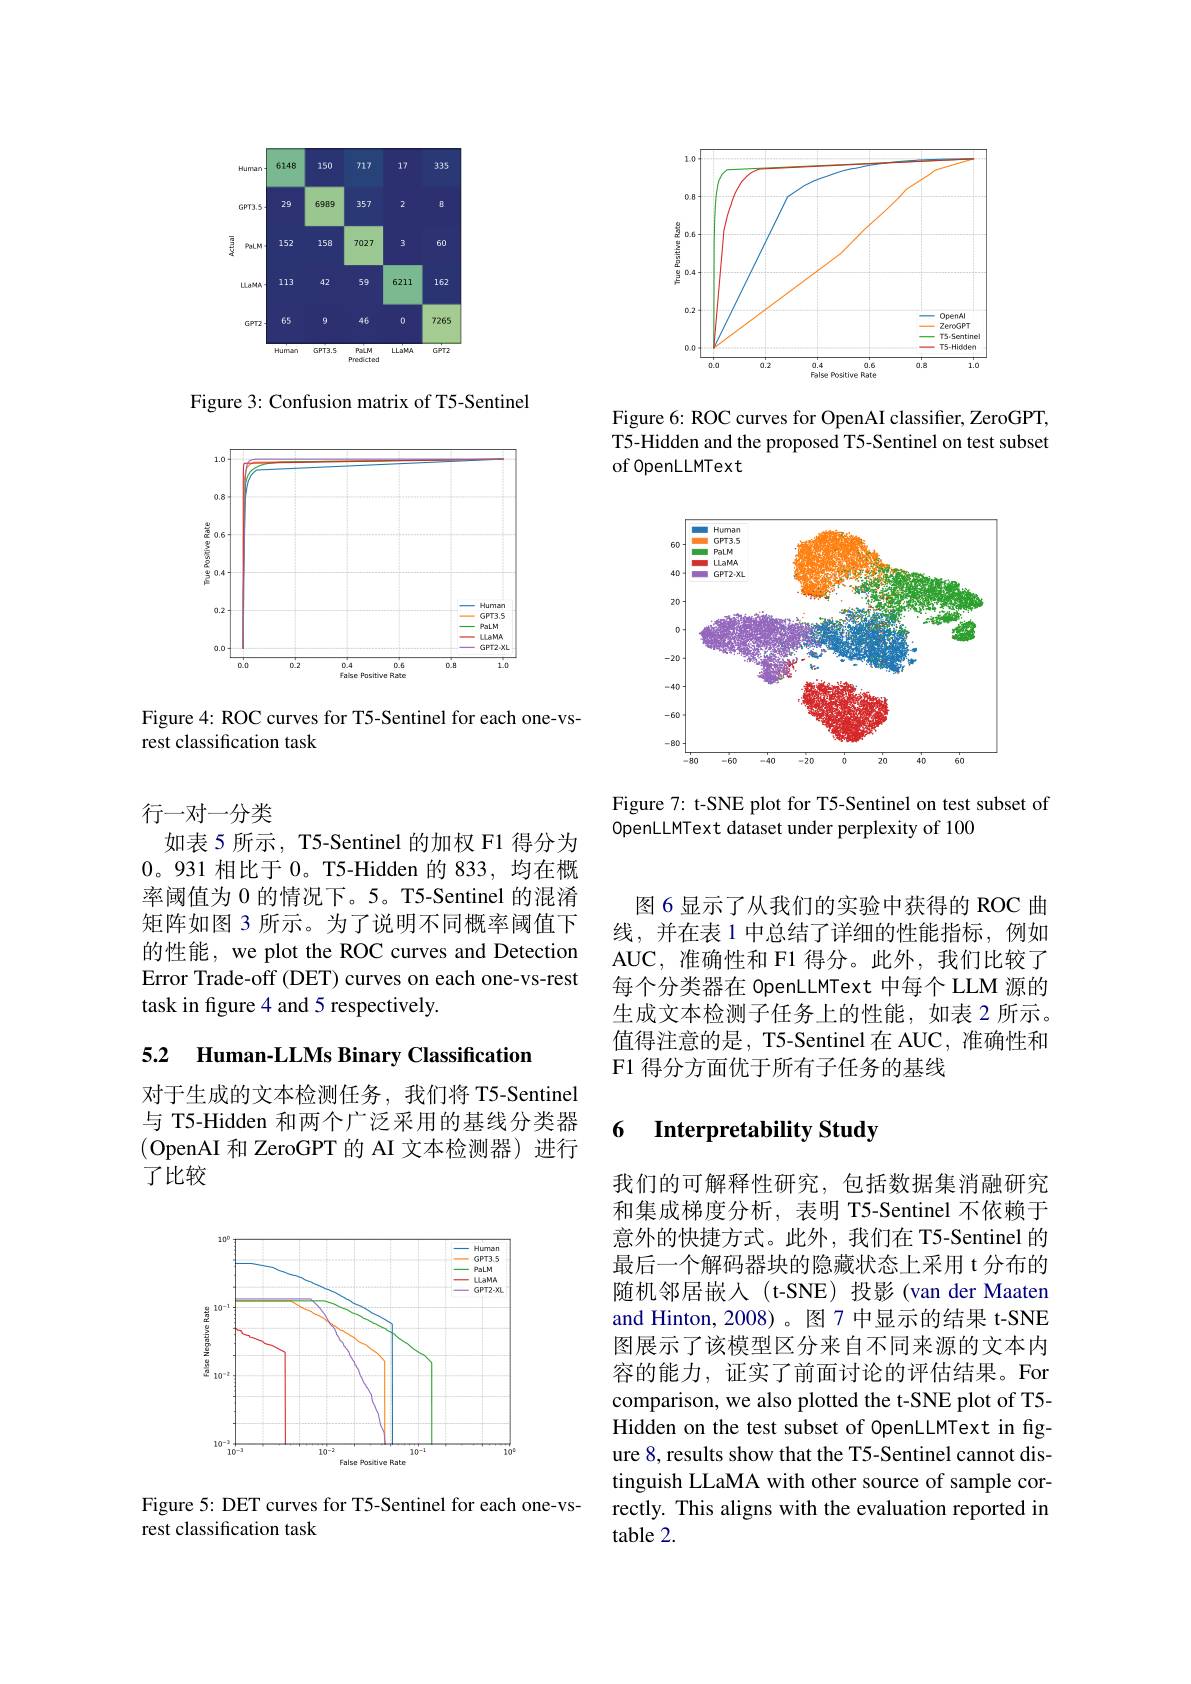
<FigureHere>

Figure 3: Confusion matrix of T5-Sentinel

<FigureHere>

Figure 4: ROC curves for T5-Sentinel for each one-vs-
rest classification task

<FigureHere>

Figure 6: ROC curves for OpenAI classifier, ZeroGPT, T5-Hidden and the proposed T5-Sentinel on test subset of OpenLLMText

<FigureHere>

Figure 7: t-SNE plot for T5-Sentinel on test subset of
0penLLMText dataset under perplexity of 100

行一对一分类
如表5 所示，T5-Sentinel 的加权 F1 得分为0。931 相比于 0。T5-Hidden 的 833,均在概率阈值为 0 的情况下。5。T5-Sentinel 的混淆矩阵如图 3 所示。为了说明不同概率阈值下的性能，we plot the ROC curves and Detection Error Trade-off (DET) curves on each one-vs-rest task in figure 4 and 5 respectively.

5.2 Human-LLMs Binary Classificatior

对于生成的文本检测任务，我们将 T5-Sentinel 与 T5-Hidden 和两个广泛采用的基线分类器(OpenAI 和 ZeroGPT 的 AI 文本检测器)进行了比较

<FigureHere>

Figure 5: DET curves for T5-Sentinel for each one-vs-
rest classification task

图 6 显示了从我们的实验中获得的 ROC 曲线，并在表 1 中总结了详细的性能指标，例如AUC,准确性和 F1 得分。此外，我们比较了每个分类器在 OpenLLMText 中每个 LLM 源的生成文本检测子任务上的性能，如表 2 所示。值得注意的是，T5-Sentinel 在 AUC, 准确性和F1 得分方面优于所有子任务的基线

# 6 Interpretability Study

我们的可解释性研究，包括数据集消融研究和集成梯度分析，表明 T5-Sentinel 不依赖于意外的快捷方式。此外，我们在 T5-Sentinel 的最后一个解码器块的隐藏状态上采用 t 分布的随机邻居嵌入(t-SNE)投影(van der Maaten and Hinton, 2008)。图 7 中显示的结果 t-SNE 图展示了该模型区分来自不同来源的文本内容的能力，证实了前面讨论的评估结果。For comparison, we also plotted the t-SNE plot of T5- Hidden on the test subset of OpenLLMText in fgure 8, results show that the T5-Sentinel cannot distinguish LLaMA with other source of sample correctly. This aligns with the evaluation reported in table 2.